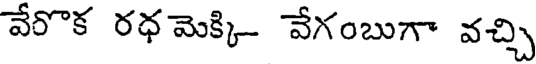
వేరొక రధ మెక్కి- వేగంబుగా వచ్చి